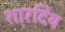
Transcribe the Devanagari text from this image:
शारदिय